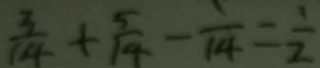
\frac { 3 } { 1 4 } + \frac { 5 } { 1 4 } - \frac { 1 } { 1 4 } = \frac { 1 } { 2 }